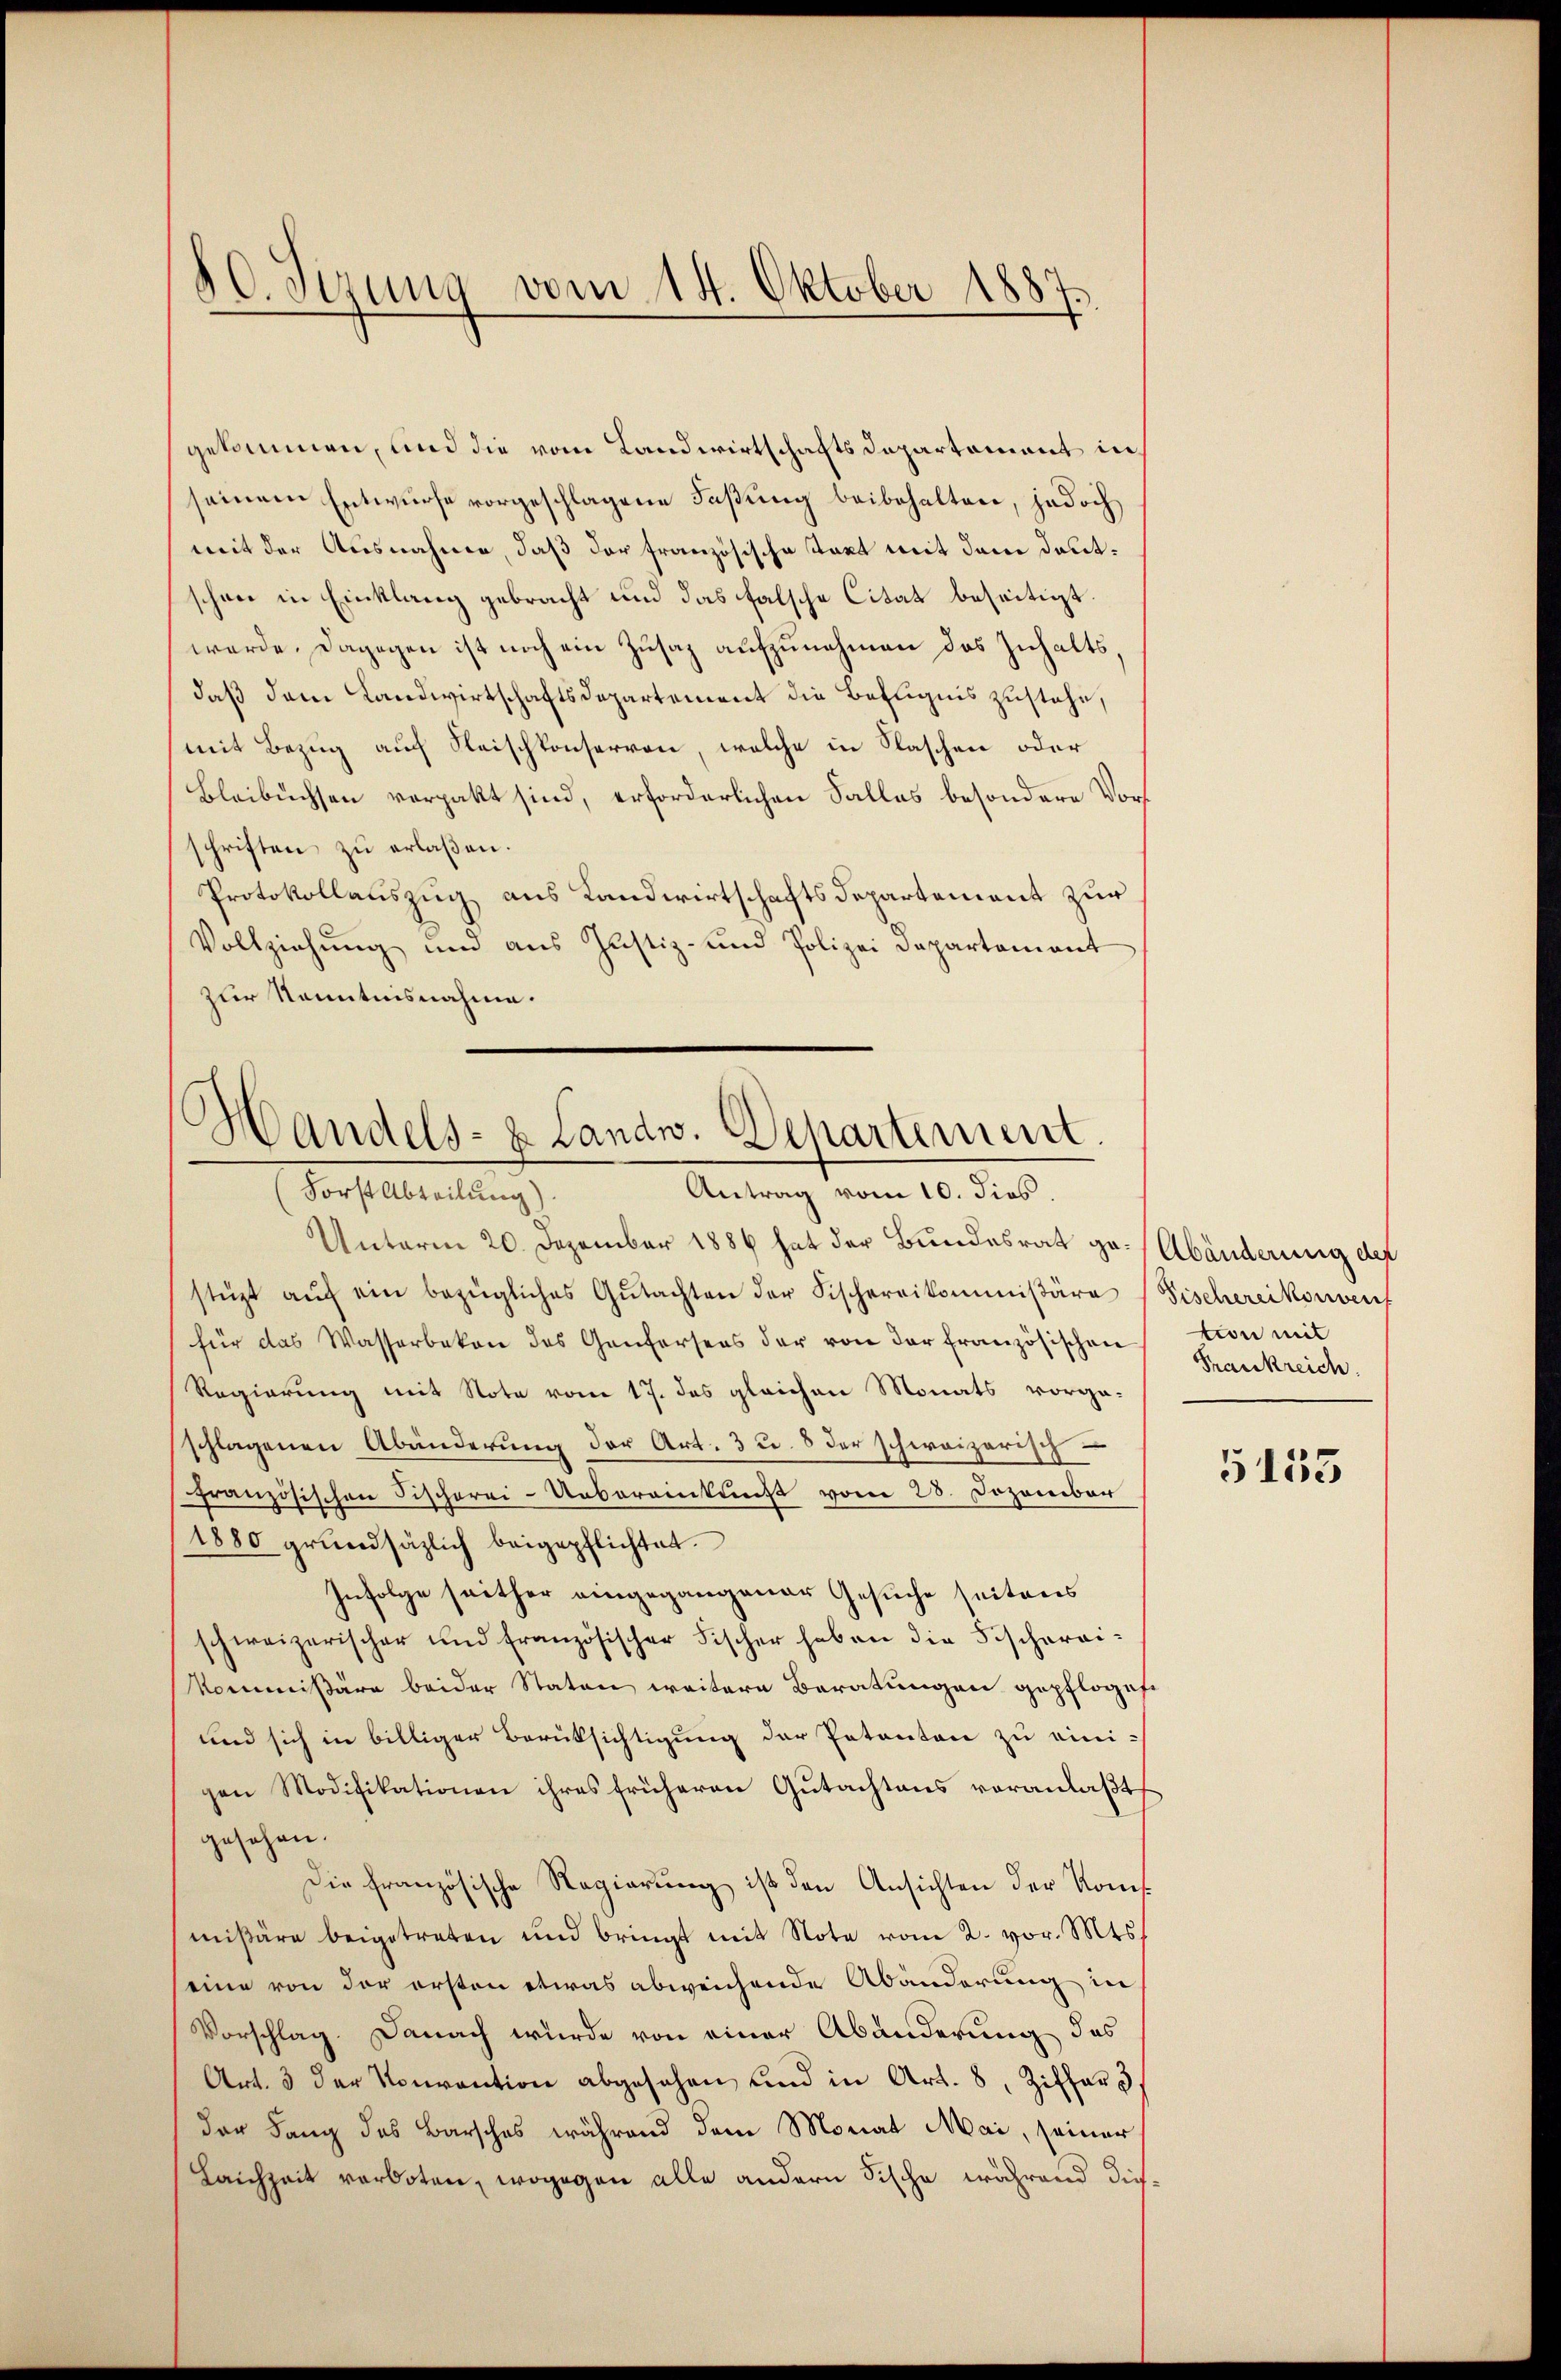
80. Sezung vom 14. Oktober 1887.

gekommen, und die vom Landwirtschaftsdepartement in
seinem Entwurfe vorgeschlagene Faßung beibehalten, jedoch
mit der Ausnahme, daß der französische Statt mit dem deutschon in Einklang gebracht und das falsche Citat beseitigt.
werde. Dagegen ist noch ein Zusaz aufzunehmen das Inhaltsdaß dem Landwirtschaftsdepartement die Befugnis zustehe,
(mit Bezug auf Fleischkonserren, welche in Flaschen oder
Bleibuchsen verpakt sind, erforderlichen Falles besondere Vors
schriften zu erlaßen.
Protokollauszug aus Landwirtschaftsdepartement zur
Vollziehung und aus Justiz- und Polizei Departement
zur Kenntnisnahme.

Handels- & Landw. Departement
Forst Abteilung)
Antrag vom 10. dies

Unterm 20. Dezember 1886 hat der Bundesrat ge-Abänderung der
stüzt aŭf ein bezügliches Gŭtachten der Fischereikommißära (Fischereikonven
für das Wasserbeken des Genfersens der von der französischen
Regierung mit Note vom 17. das gleichen Monats vorga-
schlagenen Abänderung der Art. 3 u. 8 der schweizerisch
französischen Fischerei-Uebereinkunft vom 28. Dezember
1880 grŭndsätzlich beigepflichtet.
Infolge seither eingegangener Gesuche seitens
schweizerischer und französischer Fischer haben die Fischereikommißäre beider Staten weitere Beratungen gepfloges
und sich in billiger Berüksichtigung der Patenten zu eini-
gen Modifikationen ihres früheren Gutachtens veranlaßt
gesehen.
Die französische Regierung ist den Ansichten der Kommißäre beigetreten und bringt mit Note vom 2. vor. Mts.
eine von der ersten etwas abweichende Abänderung in
Vorschlag. Danach wurde von einer Abänderung des
Art. 3 der Konvention abgesehen und in Art. 8, Ziffers
der Lang des Barsches während dem Monat Mai, seiner
Laichzeit verboten, wogegen alle andern Fische während dies¬

tion mit
Frankreich.

5155